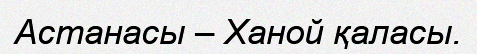
Астанасы – Ханой қаласы.